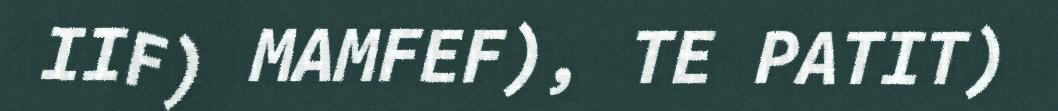
IIF) MAMFEF), TE PATIT)